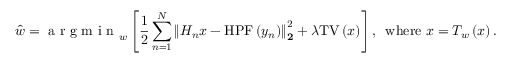
\hat { w } = \mathrm { ~ a ~ r ~ g ~ m ~ i ~ n ~ } _ { w } \left[ \frac { 1 } { 2 } \sum _ { n = 1 } ^ { N } \left\lVert H _ { n } x - \mathrm { H P F } \left( y _ { n } \right) \right\rVert _ { \mathbf { 2 } } ^ { 2 } + \lambda \mathrm { T V } \left( x \right) \right] , \: \: \: \mathrm { w h e r e } \: \: x = T _ { w } \left( x \right) .